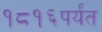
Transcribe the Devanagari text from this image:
१८१६पर्यंत